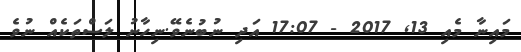
މައިނާ މެއި 13